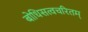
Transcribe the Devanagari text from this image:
बोधिसत्वचरितम्